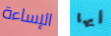
الإساءة أيها